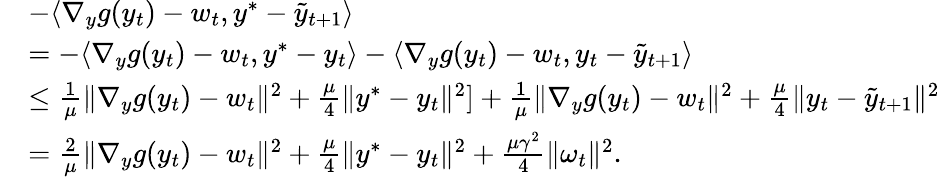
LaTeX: \begin{array}{rl}&{-\langle\nabla_{y}g(y_{t})-w_{t},y^{*}-\tilde{y}_{t+1}\rangle}\\ &{=-\langle\nabla_{y}g(y_{t})-w_{t},y^{*}-y_{t}\rangle-\langle\nabla_{y}g(y_{t})-w_{t},y_{t}-\tilde{y}_{t+1}\rangle}\\ &{\leq\frac{1}{\mu}\| \nabla_{y}g(y_{t})-w_{t}\| ^{2}+\frac{\mu}{4}\| y^{*}-y_{t}\| ^{2}]+\frac{1}{\mu}\| \nabla_{y}g(y_{t})-w_{t}\| ^{2}+\frac{\mu}{4}\| y_{t}-\tilde{y}_{t+1}\| ^{2}}\\ &{=\frac{2}{\mu}\| \nabla_{y}g(y_{t})-w_{t}\| ^{2}+\frac{\mu}{4}\| y^{*}-y_{t}\| ^{2}+\frac{\mu\gamma^{2}}{4}\| \omega_{t}\| ^{2}.}\end{array}